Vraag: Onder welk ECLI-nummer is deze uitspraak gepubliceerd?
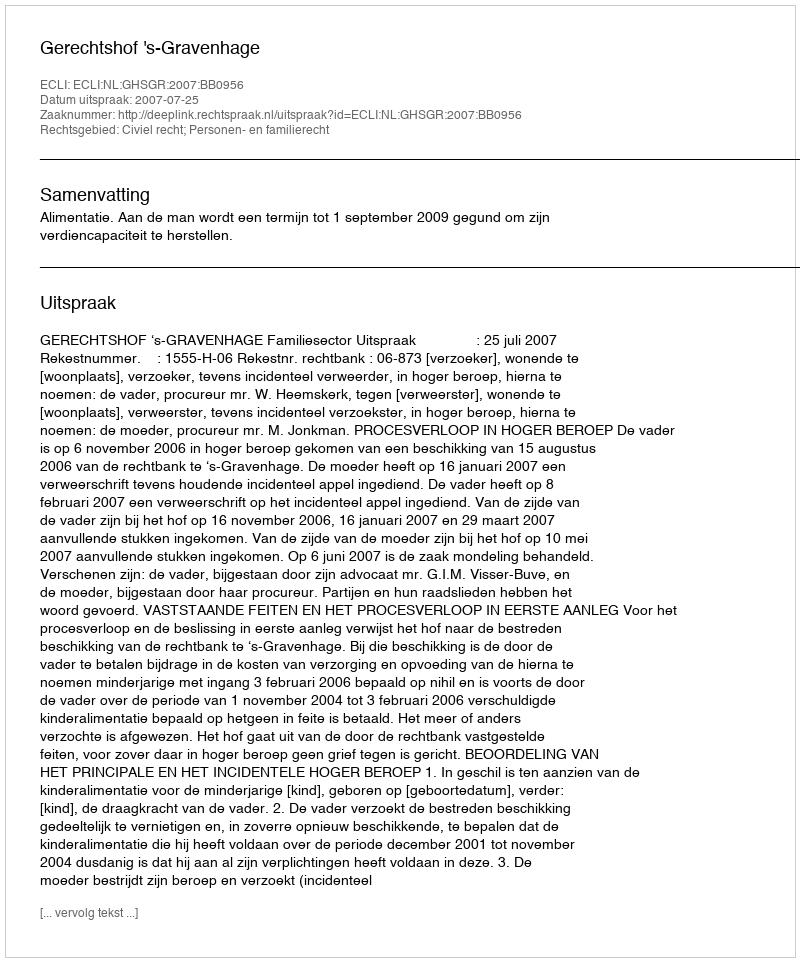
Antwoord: ECLI:NL:GHSGR:2007:BB0956